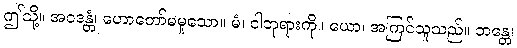
ဤသို့။ အဝဒန္တံ၊ ဟောတော်မမူသော။ မံ၊ ငါဘုရားကို။ ယော၊ အကြင်သူသည်။ ဘန္တေ၊